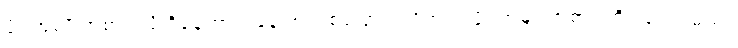
ဖိုင်အမျိုးအစား လို့ ရှိနေတာကနေ အသစ်ပြောင်းလိုက်တဲ့ ဖိုင်အမျိုးအစား ကိုပါတွေ့ရမယ်။